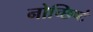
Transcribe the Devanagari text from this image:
नोच्छिष्टं